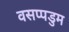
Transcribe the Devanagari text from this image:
वसप्पडुम